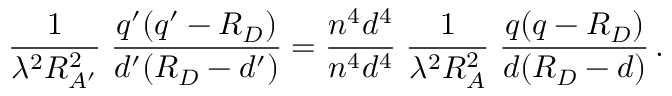
{ \frac { 1 } { \lambda ^ { 2 } R _ { A ^ { \prime } } ^ { 2 } } } \; { \frac { q ^ { \prime } ( q ^ { \prime } - R _ { D } ) } { d ^ { \prime } ( R _ { D } - d ^ { \prime } ) } } = { \frac { n ^ { 4 } d ^ { 4 } } { n ^ { 4 } d ^ { 4 } } } \; { \frac { 1 } { \lambda ^ { 2 } R _ { A } ^ { 2 } } } \; { \frac { q ( q - R _ { D } ) } { d ( R _ { D } - d ) } } \, .